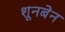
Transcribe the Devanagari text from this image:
शूनबेन